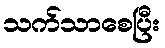
သက်သာစေပြီး